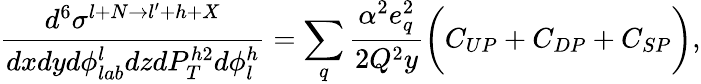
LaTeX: \frac{d^{6}\sigma^{l+N\rightarrow l^{\prime}+h+X}}{dxdyd\phi_{lab}^{l}dzdP_{T}^{h2}d\phi_{l}^{h}}=\sum_{q}\frac{\alpha^{2}e_{q}^{2}}{2Q^{2}y}\biggl(C_{UP}+C_{DP}+C_{SP}\biggr),